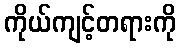
ကိုယ်ကျင့်တရားကို